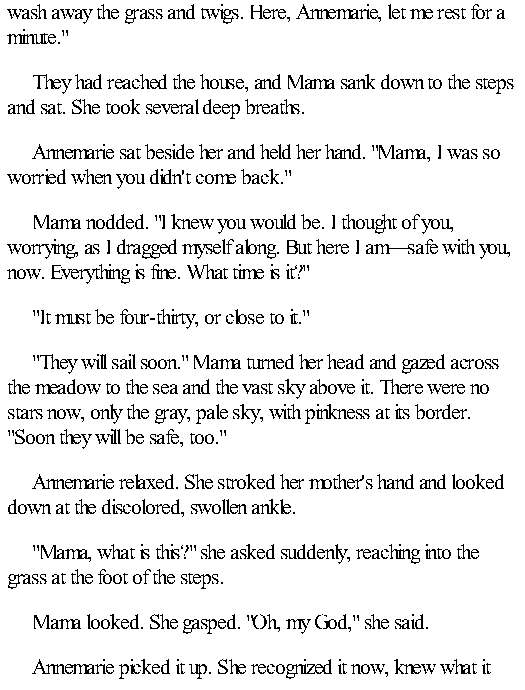
wash away the grass and twigs. Here, Annemarie, let me rest for a
 minute."
 They had reached the house, and Mama sank down to the steps
 and sat. She took several deep breaths.
 Annemarie sat beside her and held her hand. "Mama, I was so
 worried when you didn't come back."
 Mama nodded. "I knew you would be. I thought of you,
 worrying, as I dragged myself along. But here I am—safe with you,
 now. Everything is fine. What time is it?"
 "It must be four-thirty, or close to it."
 "They will sail soon." Mama turned her head and gazed across
 the meadow to the sea and the vast sky above it. There were no
 stars now, only the gray, pale sky, with pinkness at its border.
 "Soon they will be safe, too."
 Annemarie relaxed. She stroked her mother's hand and looked
 down at the discolored, swollen ankle.
 "Mama, what is this?" she asked suddenly, reaching into the
 grass at the foot of the steps.
 Mama looked. She gasped. "Oh, my God," she said.
 Annemarie picked it up. She recognized it now, knew what it